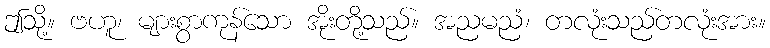
ဤသို့။ ဗဟူ၊ များစွာကုန်သော အိုးတို့သည်။ အညမညံ၊ တလုံးသည်တလုံးအား။